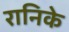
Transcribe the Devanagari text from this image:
रानिके